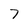
Character: 7